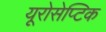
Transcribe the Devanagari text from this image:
यूरोसेप्टिक